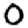
Digit: 0